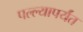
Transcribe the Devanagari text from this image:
पल्ल्यापर्यंत